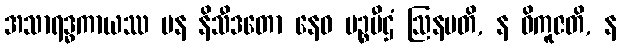
အသာရဒ္ဓကာယဿ ပန နိသီဒတော နေဝ မဉ္စပီဌံ ဩနမတိ, န ဝိကူဇတိ, န